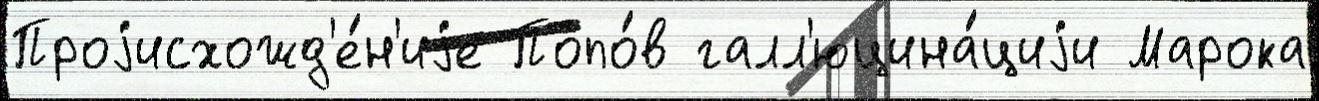
Проjисхожд'е́н'иjе Попо́в галл'юцина́циjи Марока